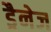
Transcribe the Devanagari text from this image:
ड्रैनेज